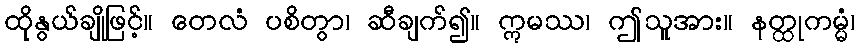
ထိုနွယ်ချိုဖြင့်။ တေလံ ပစိတွာ၊ ဆီချက်၍။ ဣမဿ၊ ဤသူအား။ နတ္ထုကမ္မံ၊